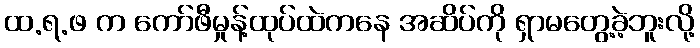
ထ.ရ.ဖ က ကော်ဖီမှုန့်ထုပ်ထဲကနေ အဆိပ်ကို ရှာမတွေ့ခဲ့ဘူးလို့